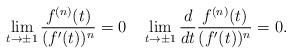
LaTeX: \begin{align*}\lim_{t\to\pm 1}\frac{f^{(n)}(t)}{(f'(t))^n}=0\quad\lim_{t\to\pm 1}\frac{d}{dt}\frac{f^{(n)}(t)}{(f'(t))^n}=0.\end{align*}